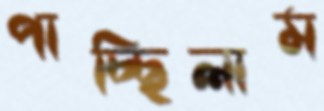
পাচ্ছিলাম